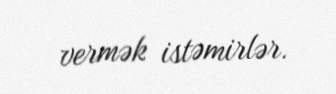
vermək istəmirlər.